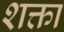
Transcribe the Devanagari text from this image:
शक्ता